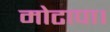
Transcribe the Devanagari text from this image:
मोटापा।